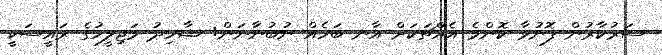
ސަރުކާރުން ފޮނުވާ ކޮންމެ އެއްޗަކަށް އާނ ބަހެއް ނުބުނާނަން: ޝާހިދު މަޖިލީހުގެ ރައީސަކީ